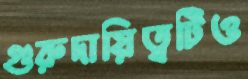
গুরুদায়িত্বটিও